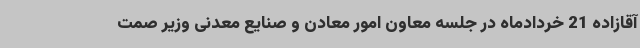
آقازاده 21 خردادماه در جلسه معاون امور معادن و صنایع معدنی وزیر صمت